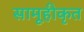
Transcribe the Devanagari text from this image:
सामूहीकृत